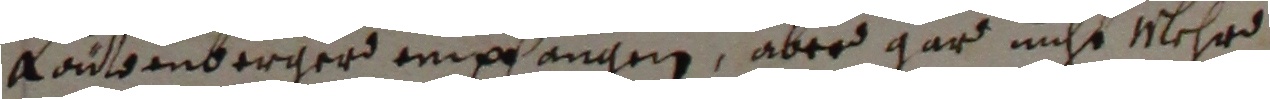
Lautzenbergerd empfangen, aber gar nicht mlehr.